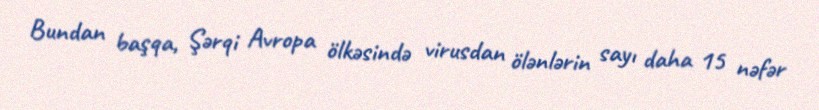
Bundan başqa, Şərqi Avropa ölkəsində virusdan ölənlərin sayı daha 15 nəfər